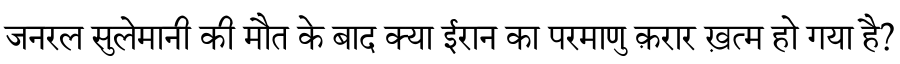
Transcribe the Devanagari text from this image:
जनरल सुलेमानी की मौत के बाद क्या ईरान का परमाणु क़रार ख़त्म हो गया है?